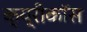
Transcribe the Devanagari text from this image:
क्य्रीकॉस